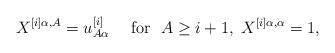
LaTeX: \begin{align*}X^{[i]\alpha , A}=u^{[i]}_{A\alpha} \quad \mbox{ for }\; A\geq i+1,\;X^{[i]\alpha , \alpha}=1, \end{align*}